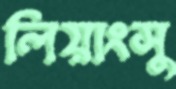
লিয়াংসু